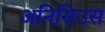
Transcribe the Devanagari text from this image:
अनिसिउस